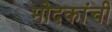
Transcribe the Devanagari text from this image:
मोदकांची